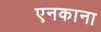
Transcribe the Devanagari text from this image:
एनकाना